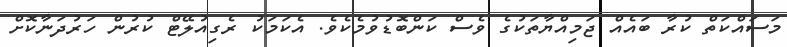
މަސައްކަތް ކުރާ ބައެއް ޖަމިއްޔާތަކުގެ ވެސް ކަންބޮޑުވުމެކެވެ. އެކަމަކު ރެގިއުލޭޓް ކުރުން ހަރުދަނާކޮށް